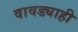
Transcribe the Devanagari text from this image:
वावड्याही